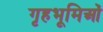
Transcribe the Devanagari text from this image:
गृहभूमिओं